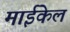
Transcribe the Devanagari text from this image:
माईकेल